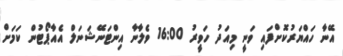
އޭނާ ހައްޔަރުކޮށްފައި ވަނީ މިއަދު ހަވީރު 16:00 ވެލާނާ އިންޓަނޭޝަނަލް އެއާޕޯޓުން ކަމަށް